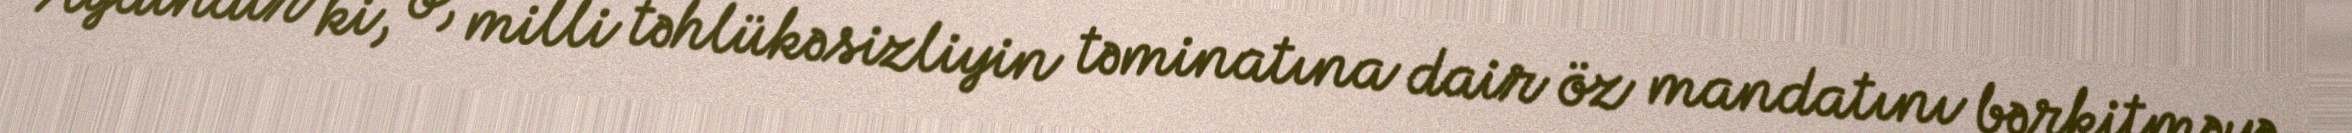
Aydındır ki, o, milli təhlükəsizliyin təminatına dair öz mandatını bərkitməyə